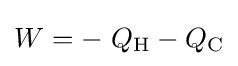
W=-\ Q_{\rm {H}}-Q_{\rm {C}}